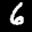
Label: 6